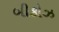
બીકોઝ